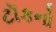
ટૉકનો